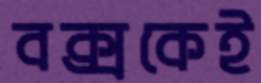
বক্সকেই